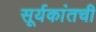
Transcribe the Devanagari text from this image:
सूर्यकांतची